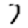
Digit: 7